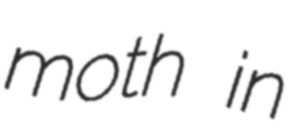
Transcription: moth in